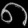
Digit: ၈